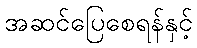
အဆင်ပြေစေရန်နှင့်